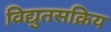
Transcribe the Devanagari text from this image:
विद्युतसक्रिय